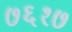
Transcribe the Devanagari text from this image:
७६१७